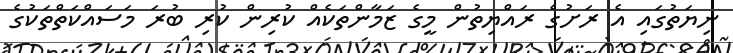
ނިޔަތުގައި އެ ރަށުގެ ރައްޔިތުން މީގެ ޒަމާންތަކެއް ކުރިން ކުރި ބުރަ މަސައްކަތްތަކުގެ